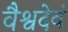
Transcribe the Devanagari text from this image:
वैश्वदेवं